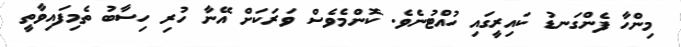
މިންހާ ފެންގަނޑު ކައިރީގައި ހުއްޓުނެވެ. ކޮންމެވެސް ވަރަަކަށް އޭނާ ހުރި ހިސާބު ތެމިފައިވާތީ